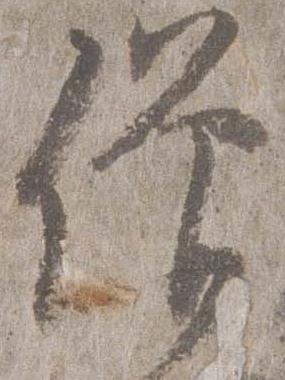
僧